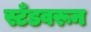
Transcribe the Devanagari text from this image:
स्टँडवरून